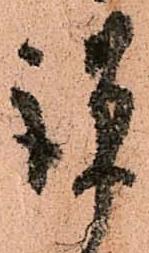
謹